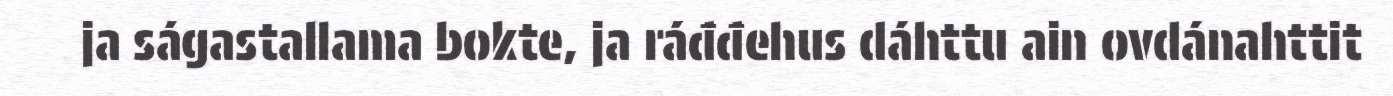
ja ságastallama bokte, ja ráđđehus dáhttu ain ovdánahttit